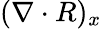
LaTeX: (\nabla\cdot R)_{x}